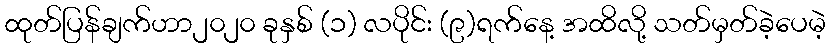
ထုတ်ပြန်ချက်ဟာ၂၀၂၀ ခုနှစ် (၁) လပိုင်း (၉)ရက်နေ့ အထိလို့ သတ်မှတ်ခဲ့ပေမဲ့